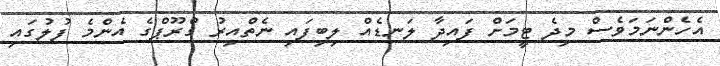
އެހެންނަމަވެސް މިދެ ޓީމަށް ފައިދާ ލަނޑެއް ލިބިފައި ނެތްއިރު ގްރޫޕްގެ އެންމެ ފުލުގައި